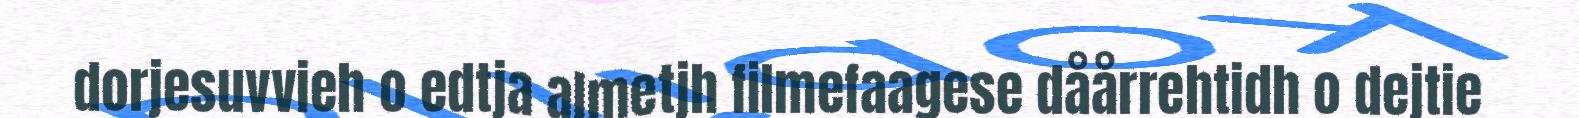
dorjesuvvieh o edtja almetjh filmefaagese dåårrehtidh o dejtie